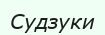
Судзуки